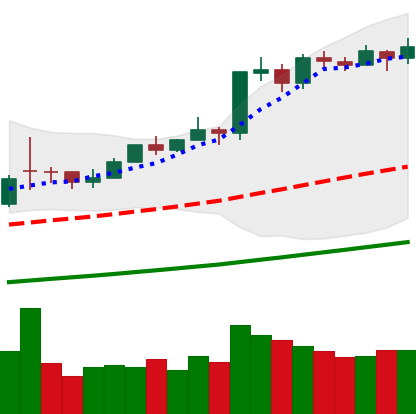
Ticker: BTC-USD
Chart end date: 2021-02-16
Forward return: 16.951%
Label: up_7plus